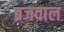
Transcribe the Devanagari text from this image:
ब्रजवाल